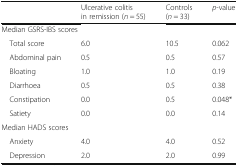
|  | Ulcerative colitis in remission (n = 55) | Controls (n = 33) | p-value |
 | --- | --- | --- | --- |
 | <COLSPAN=4> Median GSRS-IBS scores |
 | Total score | 6.0 | 10.5 | 0.062 |
 | Abdominal pain | 0.5 | 0.5 | 0.57 |
 | Bloating | 1.0 | 1.0 | 0.19 |
 | Diarrhoea | 0.5 | 0.5 | 0.38 |
 | Constipation | 0.0 | 0.5 | 0.048* |
 | Satiety | 0.0 | 0.0 | 0.14 |
 | <COLSPAN=4> Median HADS scores |
 | Anxiety | 4.0 | 4.0 | 0.52 |
 | Depression | 2.0 | 2.0 | 0.99 |